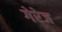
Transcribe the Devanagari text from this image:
गेरेज